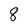
Character: 8